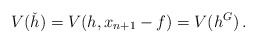
\begin{align*}V(\check h)=V(h,x_{n+1}-f)=V(h^G)\,.\end{align*}